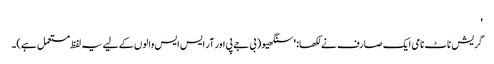
'
گریش ناٹ نامی ایک صارف نے لکھا: 'سنگھیو (بی جے پی اور آر ایس ایس والوں کے لیے یہ لفظ مستعمل ہے)۔